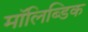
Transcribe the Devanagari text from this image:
मॉलिब्डिक